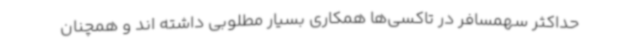
حداکثر سهمسافر در تاکسی‌ها همکاری بسیار مطلوبی داشته اند و همچنان